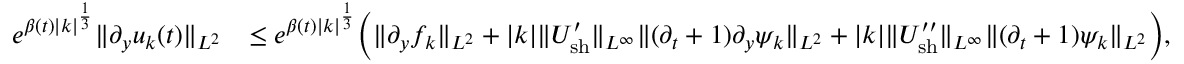
\begin{array} { r l } { e ^ { \beta ( t ) | k | ^ { \frac { 1 } { 3 } } } \| \partial _ { y } u _ { k } ( t ) \| _ { L ^ { 2 } } } & { \leq e ^ { \beta ( t ) | k | ^ { \frac { 1 } { 3 } } } \Big ( \| \partial _ { y } f _ { k } \| _ { L ^ { 2 } } + | k | \| U _ { \mathrm { s h } } ^ { \prime } \| _ { L ^ { \infty } } \| ( \partial _ { t } + 1 ) \partial _ { y } \psi _ { k } \| _ { L ^ { 2 } } + | k | \| U _ { \mathrm { s h } } ^ { \prime \prime } \| _ { L ^ { \infty } } \| ( \partial _ { t } + 1 ) \psi _ { k } \| _ { L ^ { 2 } } \Big ) , } \end{array}